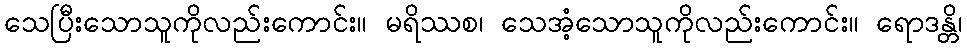
သေပြီးသောသူကိုလည်းကောင်း။ မရိဿစ၊ သေအံ့သောသူကိုလည်းကောင်း။ ရောဒန္တိ၊